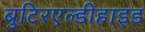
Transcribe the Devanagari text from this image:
बुटिरएल्डीहाइड